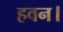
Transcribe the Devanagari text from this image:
हवन।